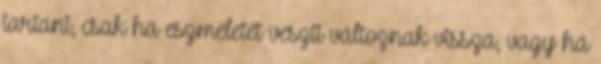
tartani, csak ha eszméletét veszti változnak vissza, vagy ha